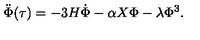
\ddot { \Phi } ( \tau ) = - 3 H \dot { \Phi } - \alpha X \Phi - \lambda \Phi ^ { 3 } .